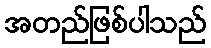
အတည်ဖြစ်ပါသည်